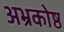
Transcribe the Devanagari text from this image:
अभ्रकोष्ठ